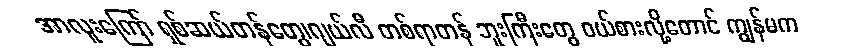
အာလူးကြော် ရှစ်ဆယ်တန်တွေ၊ဂျယ်လီ တစ်ရာတန် ဘူးကြီးတွေ ဝယ်စားလို့တောင် ကျွန်မက